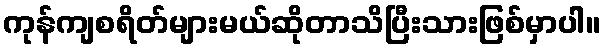
ကုန်ကျစရိတ်များမယ်ဆိုတာသိပြီးသားဖြစ်မှာပါ။